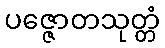
ပဇ္ဇောတသုတ္တံ